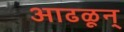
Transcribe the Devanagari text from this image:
आढळून्